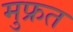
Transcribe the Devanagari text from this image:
मुफ्रत